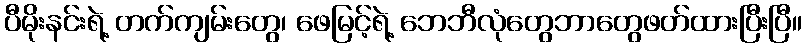
ပီမိုးနင်းရဲ့ တက်ကျမ်းတွေ၊ ဖေမြင့်ရဲ့ ဘေဘီလုံတွေဘာတွေဖတ်ထားပြီးပြီ။